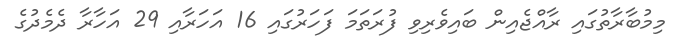
މިމުބާރާތުގައި ރާއްޖެއިން ބައިވެރިވި ފުރަތަމަ ފަހަރުގައި 16 އަހަރާއި 29 އަހާރާ ދެމެދުގެ